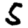
Digit: 5